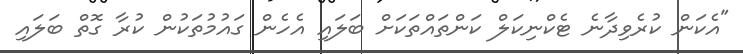
"އެކަން ކުރެވިދާނެ ޓެކްނިކަލް ކަންތައްތަކަށް ބަލައި އެހެން ގައުމުތަކުން ކުރާ ގޮތް ބަލައި